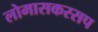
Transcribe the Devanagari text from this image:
लोमासकस्सप